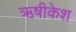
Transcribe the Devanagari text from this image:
ऋषीकेश